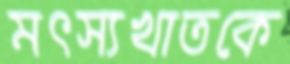
মৎস্যখাতকে